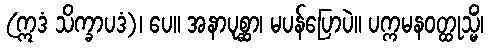
(ဣဒံ သိက္ခာပဒံ)၊ ပေ။ အနာပုစ္ဆာ၊ မပန်ပြောပဲ။ ပက္ကမနဝတ္ထုသ္မိံ၊